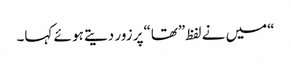
“میں نے لفظ”تھا“پر زور دیتے ہو ئے کہا۔